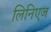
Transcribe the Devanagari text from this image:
लिनिएज